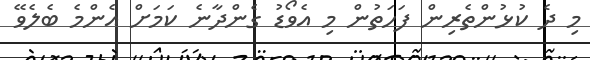
މި ދެ ކުޅުންތެރިން ފަހަތުން މި އެވޯޑު ގެންދާނެ ކަމަށް އެންމެ ބެލެވޭ